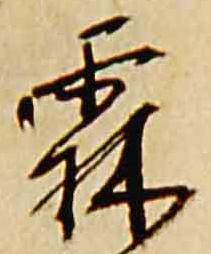
霖